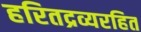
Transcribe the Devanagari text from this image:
हरितद्रव्यरहित